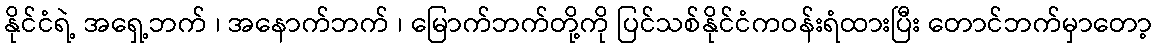
နိုင်ငံရဲ့ အရှေ့ဘက် ၊ အနောက်ဘက် ၊ မြောက်ဘက်တို့ကို ပြင်သစ်နိုင်ငံကဝန်းရံထားပြီး တောင်ဘက်မှာတော့